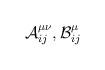
LaTeX: \begin{align*}{\cal {A}}_{ij}^{\mu \nu },{\cal {B}}_{ij}^{\mu }\end{align*}